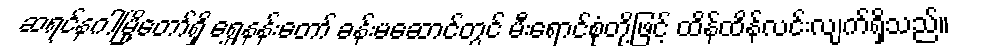
ဆရင်နဂါမြို့တော်ရှိ ရွှေနန်းတော် ခန်းမဆောင်တွင် မီးရောင်စုံတို့ဖြင့် ထိန်ထိန်လင်းလျက်ရှိသည်။